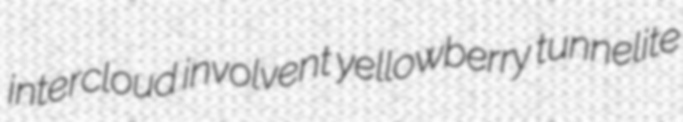
intercloud involvent yellowberry tunnelite